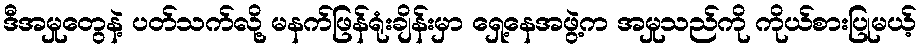
ဒီအမှုတွေနဲ့ ပတ်သက်လို့ မနက်ဖြန်ရုံးချိန်းမှာ ရှေ့နေအဖွဲ့က အမှုသည်ကို ကိုယ်စားပြုမယ့်